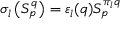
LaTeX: \sigma _ { l } \left( S _ { p } ^ { q } \right) = \varepsilon _ { l } ( q ) S _ { p } ^ { \pi _ { l } q }